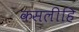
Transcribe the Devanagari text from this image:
कसलीहि